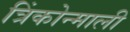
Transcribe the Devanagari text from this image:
त्रिंकोन्माली